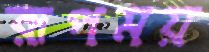
রূপময়